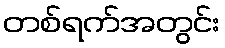
တစ်ရက်အတွင်း